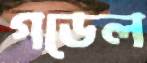
গডেল